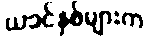
ယခင်နှစ်များက